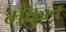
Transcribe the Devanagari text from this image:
मंकुल